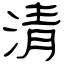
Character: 清